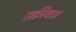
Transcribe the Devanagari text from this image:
सक्रीयता